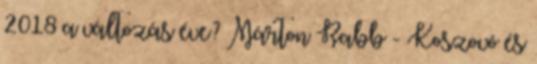
2018 a változás éve? Márton Rabb - Koszovó és